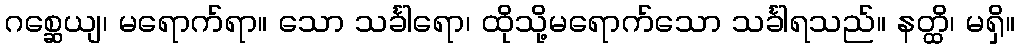
ဂစ္ဆေယျ၊ မရောက်ရာ။ သော သင်္ခါရော၊ ထိုသို့မရောက်သော သင်္ခါရသည်။ နတ္ထိ၊ မရှိ။